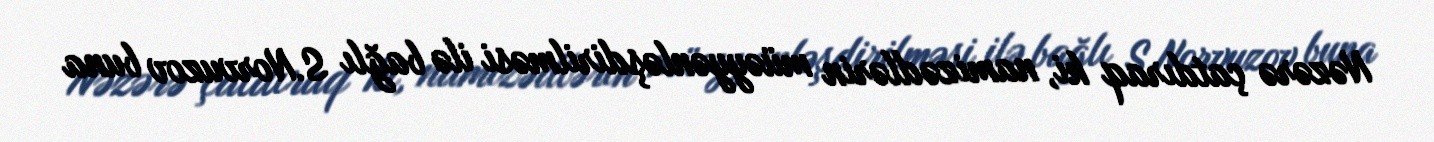
Nəzərə çatdıraq ki, namizədlərin müəyyənləşdirilməsi ilə bağlı S.Norvuzov buna